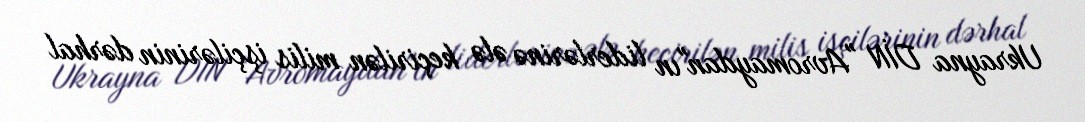
Ukrayna DİN "Avromaydan"ın liderlərinə ələ keçirilən milis işçilərinin dərhal